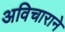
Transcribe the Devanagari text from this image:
अविचाराने